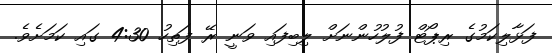
ފަޅާލިކަމުގެ ރިޕޯޓް ފުލުހުންނަށް ލިބިފައި ވަނީ ރޭ ފަތިހު 4:30 ގައި ކަމަށެވެ.